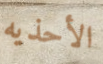
الأحذيه